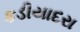
કડીયાદરા